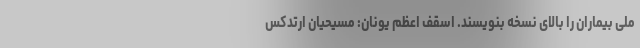
ملی بیماران را بالای نسخه بنویسند. اسقف اعظم یونان: مسیحیان ارتدکس